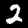
Digit: 2